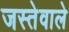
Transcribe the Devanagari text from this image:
जस्तेवाले